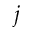
j